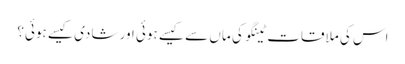
اس کی ملاقات ٹینگو کی ماں سے کیسے ہوئی اور شادی کیسے ہوئی؟